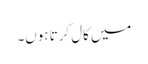
میں کال کرتا ہوں۔